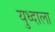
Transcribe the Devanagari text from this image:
युध्दाला